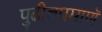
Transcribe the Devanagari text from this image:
पुढीलप्रमाणॅ